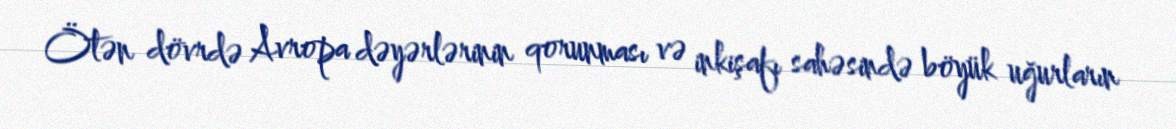
Ötən dövrdə Avropa dəyərlərinin qorunması və inkişafı sahəsində böyük uğurların